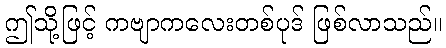
ဤသို့ဖြင့် ကဗျာကလေးတစ်ပုဒ် ဖြစ်လာသည်။